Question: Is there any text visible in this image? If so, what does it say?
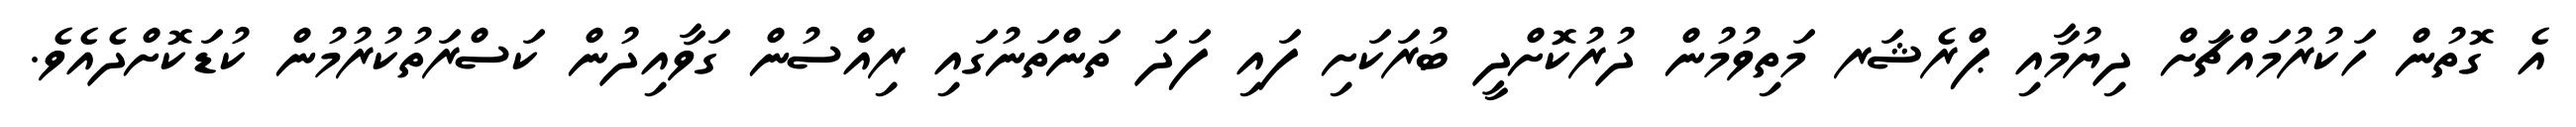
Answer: އެ ގޮތުން ހަކުރުމައްޗަށް ދިޔުމާއި ޕްރެޝަރ މަތިވުމުން ދުރުކޮށްދީ ބުރަކަށި ފައި ފަދަ ތަންތަނުގައި ރިއްސުން ގަވާއިދުން ކަސްރަތުކުރުމުން ކުޑަކޮށްދެއެވެ.